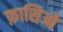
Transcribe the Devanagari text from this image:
फ़ासिओ